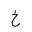
Letter: _kha